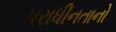
પરાધીનતાનો